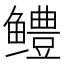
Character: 鳢